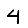
Digit: 4